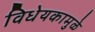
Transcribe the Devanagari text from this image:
विधेयकामुळे